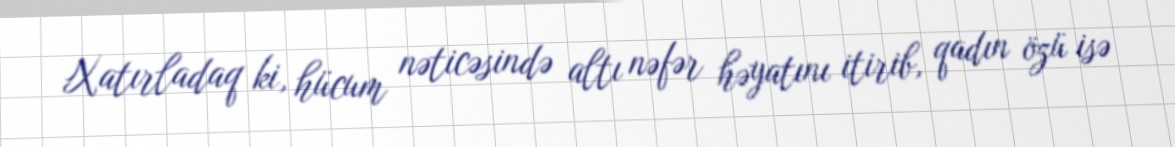
Xatırladaq ki, hücum nəticəsində altı nəfər həyatını itirib, qadın özü isə